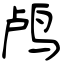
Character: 鸬